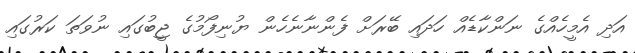
އަދި އެމީހެއްގެ ނަންކާޑެއް ހަދައި ބޭރަށް ފެންނާނެހެން ޔުނިފޯމުގެ ޖީބުގައި ނުވަތަ ކަރުގައި